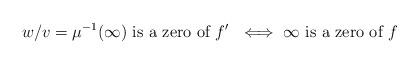
LaTeX: \begin{align*}w/v = \mu^{-1}(\infty) \textrm{ is a zero of $f'$ } \iff \infty \textrm{ is a zero of } f\end{align*}